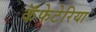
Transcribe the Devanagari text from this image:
कॅफेटेरिया